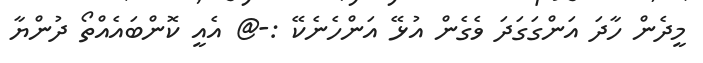
މީދެން ހާދަ އަންގަގަދަ ވެގެން އުޅޭ އަންހެނެކޭ :-@ އެއީ ކޮންބައެއްތޯ ދުންޔާ